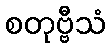
စတုဗ္ဗီသံ